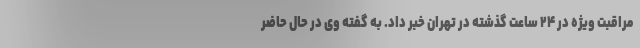
مراقبت ویژه در ۲۴ ساعت گذشته در تهران خبر داد. به گفته وی در حال حاضر